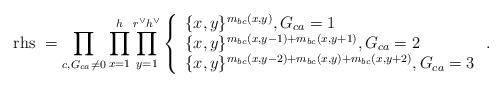
LaTeX: \begin{align*}\mathrm{rhs\ }=\prod_{c, G_{ca}\neq 0}\prod_{x=1}^{h}\prod_{y=1}^{r^{\vee}h^{\vee}}\left\{\begin{array}{l}\{x,y\}^{m_{bc}(x,y)}, G_{ca}=1 \\\{x,y\}^{m_{bc}(x,y-1)+m_{bc}(x,y+1)}, G_{ca}=2 \\\{x,y\}^{m_{bc}(x,y-2)+m_{bc}(x,y)+m_{bc}(x,y+2)}, G_{ca}=3\end{array} \right. .\end{align*}